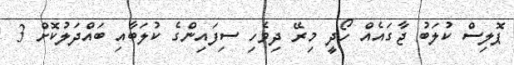
ޕޮލިސް ކުލަބު ޖާގައެއް ހޯދީ މިރޭ ދިވެހި ސިފައިންގެ ކުލަބާއި ބައްދަލުކޮށް 3